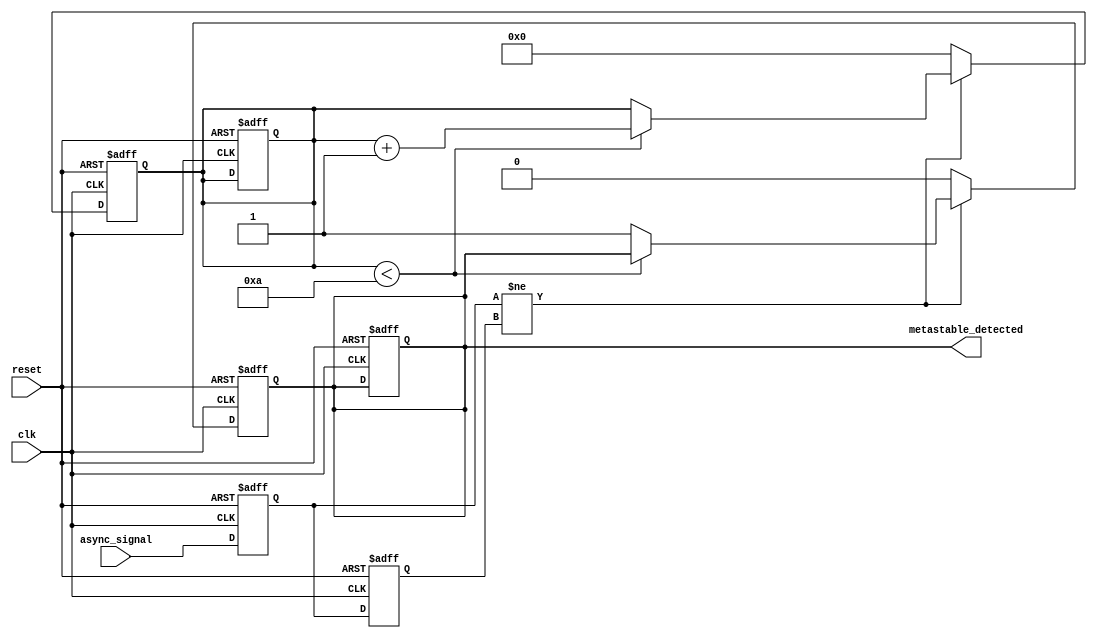
module metastability_detector (
    input wire clk,            // Clock input
    input wire reset,          // Reset input
    input wire async_signal,   // Asynchronous input signal
    output reg metastable_detected // Output signal indicating metastability
);

    // Internal signals for the flip-flops
    reg ff1_out, ff2_out;
    reg [3:0] metastability_counter; // Counter to monitor duration of metastability
    localparam MAX_COUNT = 4'd10; // Define a threshold for metastability detection

    // Sampling flip-flops
    always @(posedge clk or posedge reset) begin
        if (reset) begin
            ff1_out <= 1'b0;
            ff2_out <= 1'b0;
            metastability_counter <= 4'd0;
            metastable_detected <= 1'b0;
        end else begin
            ff1_out <= async_signal; // Sample the asynchronous signal
            ff2_out <= ff1_out;      // Sample the output of the first flip-flop
        end
    end

    // Metastability detection logic
    always @(posedge clk or posedge reset) begin
        if (reset) begin
            metastability_counter <= 4'd0;
            metastable_detected <= 1'b0;
        end else begin
            // Check if the outputs of the flip-flops are different
            if (ff1_out != ff2_out) begin
                if (metastability_counter < MAX_COUNT) begin
                    metastability_counter <= metastability_counter + 1'b1; // Increment counter
                end else begin
                    metastable_detected <= 1'b1; // Metastability detected
                end
            end else begin
                metastability_counter <= 4'd0; // Reset counter if outputs are the same
                metastable_detected <= 1'b0; // Clear detection
            end
        end
    end

endmodule